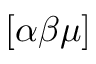
[ \alpha \beta \mu ]